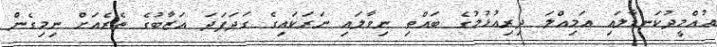
އުއްމީދުކަނޑާލައި އަމިއްލަ ދިރިއުޅުމުގެ ބައްތި ނިވާލައި ނަރަކައިގެ ގަދަފަދަ އަޒާބުގެ ތެރެއަށް ނިމިގެން